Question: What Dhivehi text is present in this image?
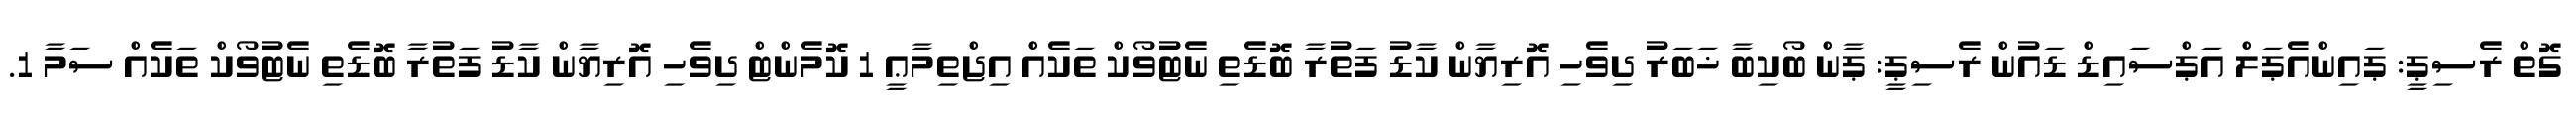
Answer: ގޮތް ރެސިޕީ: ޕައިންއެޕަލް އަޕްސައިޑް ޑައުން ރެސިޕީ: ޕާން ބޯކިބާ ޚަބަރު ދިވެހި އޮރިޔާން ކާޑު ފަތުރާ ބޮޑެތި ނެޓުވޯކް ތަކެއް އިޖްތިމާޢީ 1 ކޮމެންޓް ދިވެހި އޮރިޔާން ކާޑު ފަތުރާ ބޮޑެތި ނެޓުވޯކް ތަކެއް ސަމާ 1.